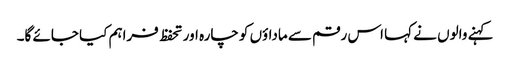
کہنے والوں نے کہا اس رقم سے ماداؤں کو چارہ اور تحفظ فراہم کیا جائے گا۔